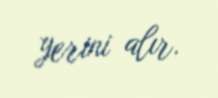
yerini alır.